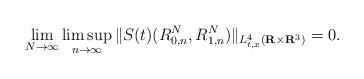
LaTeX: \begin{align*}\lim_{N \rightarrow \infty} \limsup_{n \rightarrow \infty} \| S(t)(R_{0,n}^{N}, R_{1,n}^{N}) \|_{L_{t,x}^{4}(\mathbf{R} \times \mathbf{R}^{3})} = 0.\end{align*}